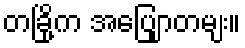
တခြို့က အပြျောတမျး။